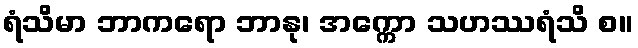
ရံသိမာ ဘာကရော ဘာနု၊ အက္ကော သဟဿရံသိ စ။